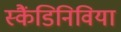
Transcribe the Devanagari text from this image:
स्कैंडिनिविया